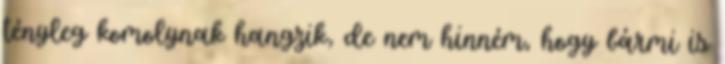
tényleg komolynak hangzik, de nem hinném, hogy bármi is